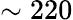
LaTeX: \sim 220